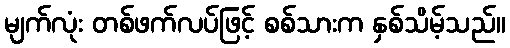
မျက်လုံး တစ်ဖက်လပ်ဖြင့် စစ်သားက နှစ်သိမ့်သည်။